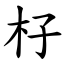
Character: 杍